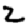
Digit: 2